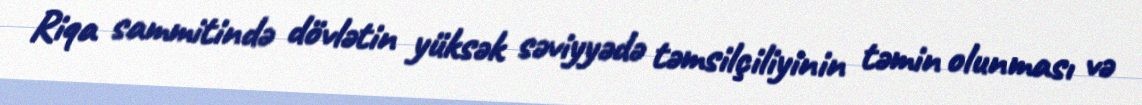
Riqa sammitində dövlətin yüksək səviyyədə təmsilçiliyinin təmin olunması və